Report of the Indian Hemp Drugs Commission, 1894-1895 - Volume IV
Year: 1894
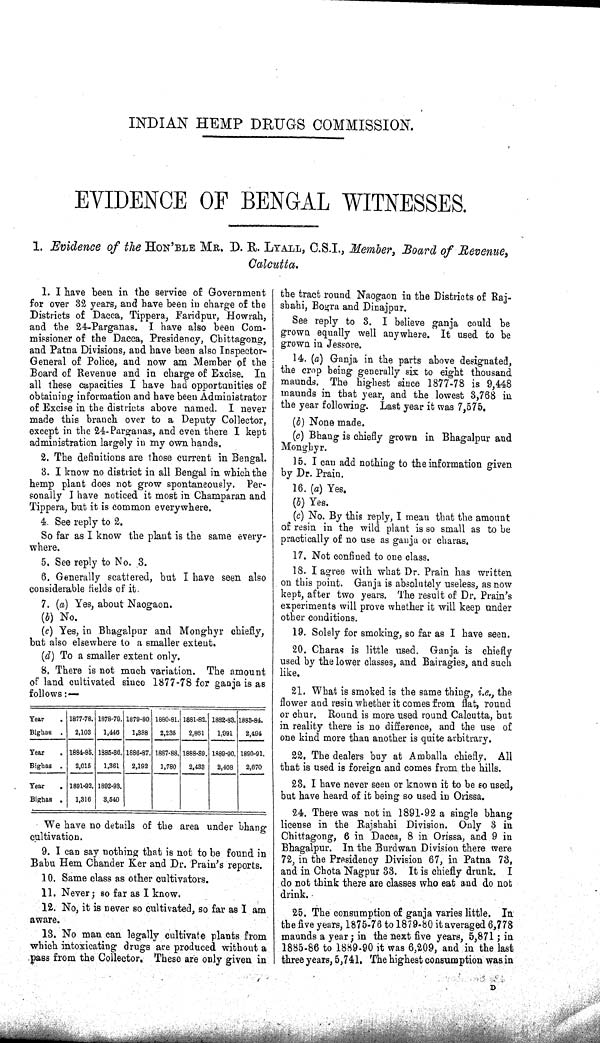
INDIAN HEMP DRUGS COMMISSION.
EVIDENCE OF BENGAL WITNESSES.
1. Evidence of the HON'BLE MR. D. R. LYALL, C.S.I., Member, Board of Revenue,
Calcutta.
1. I have been in the service of Government
for over 32 years, and have been in charge of the
Districts of Dacca, Tippera, Faridpur, Howrah,
and the 24-Parganas. I have also been Com-
missioner of the Dacca, Presidency, Chittagong,
and Patna Divisions, and have been also Inspector-
General of Police, and now am Member of the
Board of Revenue and in charge of Excise. In
all these capacities I have had opportunities of
obtaining information and have been Administrator
of Excise in the districts above named. I never
made this branch over to a Deputy Collector,
except in the 24-Parganas, and even there I kept
administration largely in my own hands.
2. The definitions are those current in Bengal.
3. I know no district in all Bengal in which the
hemp plant does not grow spontaneously. Per-
sonally I have noticed it most in Champaran and
Tippera, but it is common everywhere.
4. See reply to 2.
So far as I know the plant is the same every-
where.
5. See reply to No. 3.
6. Generally scattered, but I have seen also
considerable fields of it.
7. (a) Yes, about Naogaon.
(b) No.
(c) Yes, in Bhagalpur and Monghyr chiefly,
but also elsewhere to a smaller extent.
(d) To a smaller extent only.
8. There is not much variation. The amount
of land cultivated since 1877-78 for ganja is as
follows:—
Year
1877-78. 1878-79. 1879-80. 1880-81. 1881-82. 1882-83. 1883-84.
Bighas
2,103
1,446
1,388
2,235
2,861
1,991
2,494
Year
1884-85. 1885-86. 1886-87. 1887-88. 1888-89. 1889-90. 1890-91.
Bighas
2,015
1,361
2,192
1,780
2,433
2,408
2,670
Year
1891-92. 1892-93.
Bighas
1,316
3,540
We have no details of the area under bhang
cultivation.
9. I can say nothing that is not to be found in
Babu Hem Chander Ker and Dr. Prain's reports.
10. Same class as other cultivators.
11. Never; so far as I know.
12. No, it is never so cultivated, so far as I am
aware.
13. No man can legally cultivate plants from
which intoxicating drugs are produced without a
pass from the Collector. These are only given in
the tract round Naogaon in the Districts of Raj-
shahi, Bogra and Dinajpur.
See reply to 3. I believe ganja could be
grown equally well anywhere. It used to be
grown in Jessore.
14. (a) Ganja in the parts above designated,
the crop being generally six to eight thousand
maunds. The highest since 1877-78 is 9,448
maunds in that year, and the lowest 3,768 in
the year following. Last year it was 7,575.
(b) None made.
(c) Bhang is chiefly grown in Bhagalpur and
Monghyr.
15. I can add nothing to the information given
by Dr. Prain.
16. (a) Yes.
(b) Yes.
(c) No. By this reply, I mean that the amount
of resin in the wild plant is so small as to be
practically of no use as ganja or charas.
17. Not confined to one class.
18. I agree with what Dr. Prain has written
on this point. Ganja is absolutely useless, as now
kept, after two years. The result of Dr. Prain's
experiments will prove whether it will keep under
other conditions.
19. Solely for smoking, so far as I have seen.
20. Charas is little used. Ganja is chiefly
used by the lower classes, and Bairagies, and such
like.
21. What is smoked is the same thing, i.e., the
flower and resin whether it comes from flat, round
or chur. Round is more used round Calcutta, but
in reality there is no difference, and the use of
one kind more than another is quite arbitrary.
22. The dealers buy at Amballa chiefly. All
that is used is foreign and comes from the hills.
23. I have never seen or known it to be so used,
but have heard of it being so used in Orissa.
24. There was not in 1891-92 a single bhang
license in the Rajshahi Division. Only 3 in
Chittagong, 6 in Dacca, 8 in Orissa, and 9 in
Bhagalpur. In the Burdwan Division there were
72, in the Presidency Division 67, in Patna 73,
and in Chota Nagpur 33. It is chiefly drunk. I
do not think there are classes who eat and do not
drink.
25. The consumption of ganja varies little. In
the five years, 1875-76 to 1879-80 it averaged 6,778
maunds a year; in the next five years, 5,871; in
1885-86 to 1889-90 it was 6,209, and in the last
three years, 5,741. The highest consumption was in
D